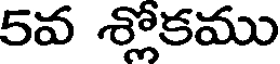
5వ శ్లోకము